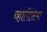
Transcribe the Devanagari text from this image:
व्हालेंसिया